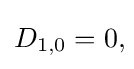
D_{1,0}=0,\!